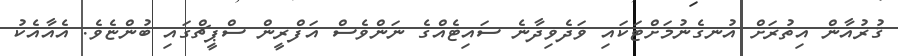
ޤުރުއާން އިތުރަށް އުނގެނުމަށްޓަކައި ވަދެވިދާނެ ސައިޓެއްގެ ނަންވެސް އަފްރީން ސްޕީޗްގައި ބުންޏެވެ. އެއާއެކު